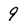
Character: 9